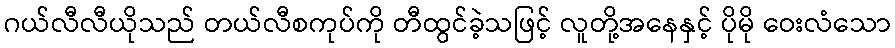
ဂယ်လီလီယိုသည် တယ်လီစကုပ်ကို တီထွင်ခဲ့သဖြင့် လူတို့အနေနှင့် ပိုမို ဝေးလံသော